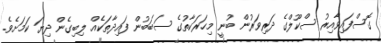
ގޮސްފައިވާއިރު ސްކޫލްގެ ދަރިވަރުން ބުނީ މިހަރަކާތުގެ ސަބަބުން ފައިދާތަކެއް ލިބިގެން ދިޔަ ކަމަށެވެ.